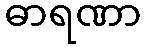
ဓာရဏာ